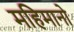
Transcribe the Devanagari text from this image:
महिमानो